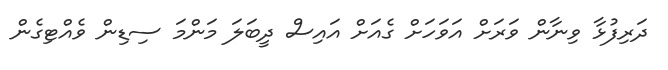
ދަރިފުޅާ ވިނާން ވަރަށް އަވަހަށް ގެއަށް އައިސް ދީބަލަ މަންމަ ސިޑިން ވެއްޓިގެން